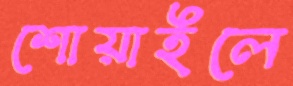
শোয়াইলে